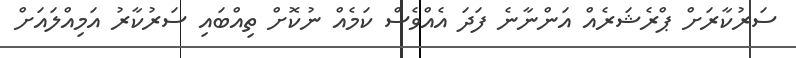
ސަރުކާރަށް ޕްރެޝަރެއް އަންނާނެ ފަދަ އެއްވެސް ކަމެއް ނުކޮށް ތިއްބައި ސަރުކާރު އަމިއްލައަށް